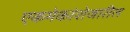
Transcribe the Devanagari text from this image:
एकमेकांशेजारील